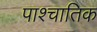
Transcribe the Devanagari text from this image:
पाश्चातिक